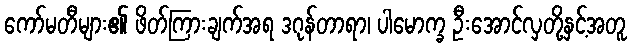
ကော်မတီများ၏ ဖိတ်ကြားချက်အရ ဒဂုန်တာရာ၊ ပါမောက္ခ ဦးအောင်လှတို့နှင့်အတူ